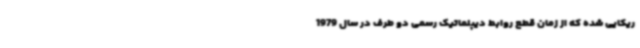
ریکایی شده که از زمان قطع روابط دیپلماتیک رسمی دو طرف در سال 1979